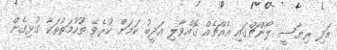
އަދި ރިޔާސީ ލޯންޗްގައި އެއްޗެއް ގޮއްވާލި އަދީބު ކަމަށް ކުރެވޭ ތުހުމަތުތަކާ ގުޅިގެން